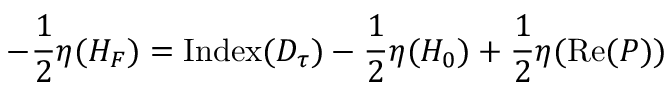
- { \frac { 1 } { 2 } } \eta ( H _ { F } ) = \mathrm { I n d e x } ( D _ { \tau } ) - { \frac { 1 } { 2 } } \eta ( H _ { 0 } ) + { \frac { 1 } { 2 } } \eta ( \mathrm { R e } ( { P } ) )